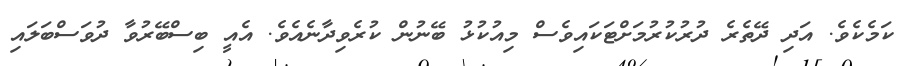
ކަމެކެވެ. އަދި ދޭތެރެ ދުރުކުރުމަށްޓަކައިވެސް މިއުކުޅު ބޭނުން ކުރެވިދާނެއެވެ. އެއީ ބިސްބޭރުވާ ދުވަސްބަލައި